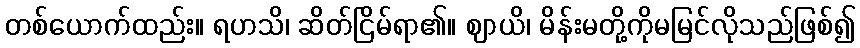
တစ်ယောက်ထည်း။ ရဟသိ၊ ဆိတ်ငြိမ်ရာ၏။ ဈာယိ၊ မိန်းမတို့ကိုမမြင်လိုသည်ဖြစ်၍